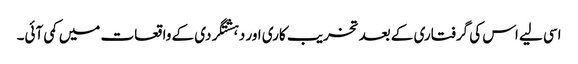
اسی لیے اس کی گرفتاری کے بعد تخریب کاری اور دہشتگردی کے واقعات میں کمی آئی۔